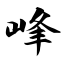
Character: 峰